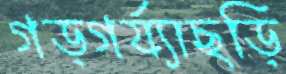
গড়গর্য্যাছড়ি